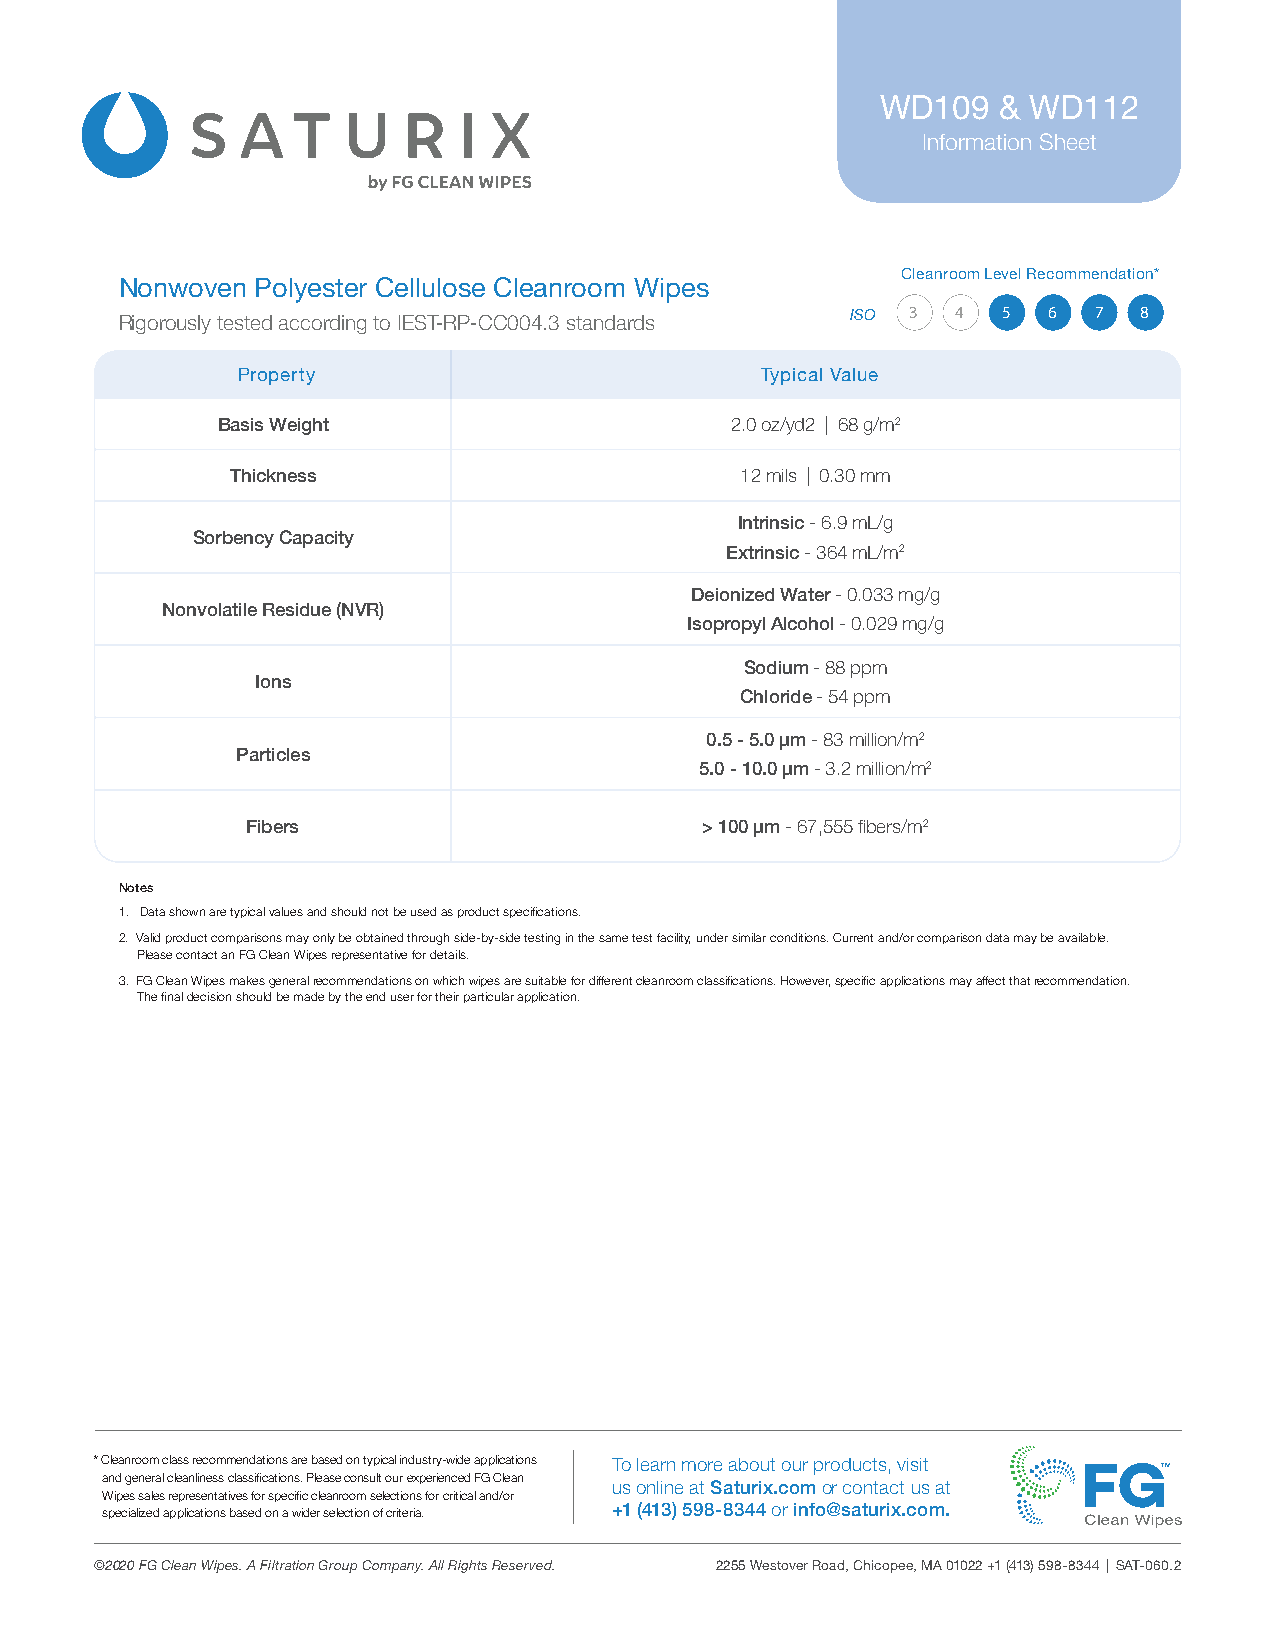
WD109   & WD112
 Information Sheet
 Cleanroom Level Recommendation*
 Nonwoven Polyester Cellulose Cleanroom Wipes
 3  4  5  6  7   8
 Rigorously tested according to IEST-RP-CC004.3 standards ISO
 Property                          Typical Value
 Basis Weight                      2.0 oz/yd2 | 68 g/m2
 Thickness                         12 mils | 0.30 mm
 Intrinsic - 6.9 mL/g
 Sorbency Capacity
 Extrinsic - 364 mL/m2
 Deionized Water - 0.033 mg/g
 Nonvolatile Residue (NVR)
 Isopropyl Alcohol - 0.029 mg/g
 Sodium - 88 ppm
 Ions
 Chloride - 54 ppm
 0.5 - 5.0 μm - 83 million/m2
 Particles
 5.0 - 10.0 μm - 3.2 million/m2
 Fibers                        > 100 μm - 67,555 fibers/m2
 Notes
 1. Data shown are typical values and should not be used as product specifications.
 2. Valid product comparisons may only be obtained through side-by-side testing in the same test facility, under similar conditions. Current and/or comparison data may be available.
 Please contact an FG Clean Wipes representative for details.
 3. FG Clean Wipes makes general recommendations on which wipes are suitable for different cleanroom classifications. However, specific applications may affect that recommendation.
 The final decision should be made by the end user for their particular application.
 * Cleanroom class recommendations are based on typical industry-wide applications To learn more about our products, visit
 and general cleanliness classifications. Please consult our experienced FG Clean
 us online at Saturix.com or contact us at
 Wipes sales representatives for specific cleanroom selections for critical and/or
 specialized applications based on a wider selection of criteria. +1 (413) 598-8344 or info@saturix.com.
 ©2020 FG Clean Wipes. A Filtration Group Company. All Rights Reserved. 2255 Westover Road, Chicopee, MA 01022 +1 (413) 598-8344 | SAT-060.2